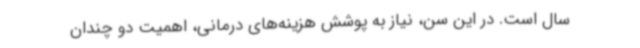
سال است. در این سن، نیاز به پوشش هزینه‌های درمانی، اهمیت دو چندان